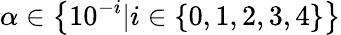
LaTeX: \alpha\in\big\{ 10^{-i}|i\in\{ 0,1,2,3,4\} \big\}